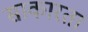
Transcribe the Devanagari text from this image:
साकारता